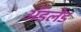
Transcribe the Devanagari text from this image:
अॅडलेड